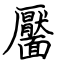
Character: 靨